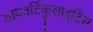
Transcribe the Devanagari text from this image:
डायवर्टिकुलाइटिस